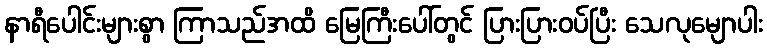
နာရီပေါင်းများစွာ ကြာသည်အထိ မြေကြီးပေါ်တွင် ပြားပြားဝပ်ပြီး သေလုမျောပါး